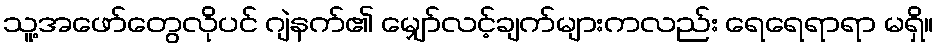
သူ့အဖော်တွေလိုပင် ဂျဲနက်၏ မျှော်လင့်ချက်များကလည်း ရေရေရာရာ မရှိ။